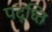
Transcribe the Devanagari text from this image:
पद्ध्ति